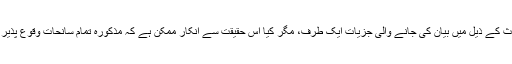
ان سب حوادث کے ذیل میں بیان کی جانے والی جزیات ایک طرف، مگر کیا اس حقیقت سے انکار ممکن ہے کہ مذکورہ تمام سانحات وقوع پذیر ہوئےتھے ۔